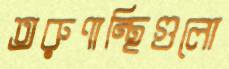
তরুণান্থিগুলো